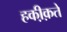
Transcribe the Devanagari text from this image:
हकी़क़ते